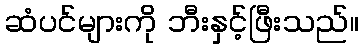
ဆံပင်များကို ဘီးနှင့်ဖြီးသည်။